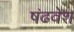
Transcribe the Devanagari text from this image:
षंढवेश